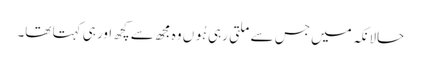
حالانکہ میں جس سے ملتی رہی ہُوں وہ مجھ سے کچھ اور ہی کہتا تھا۔